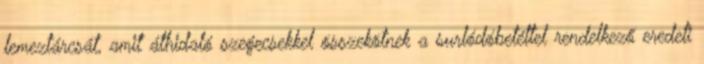
lemeztárcsát, amit áthidaló szegecsekkel összekötnek a surlódóbetéttel rendelkező eredeti